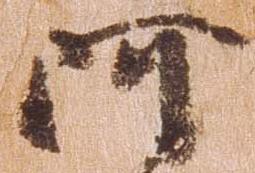
阿